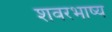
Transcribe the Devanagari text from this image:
शवरभाष्य